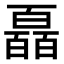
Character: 𤾩